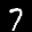
Label: 7